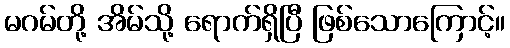
မဂမ်တို့ အိမ်သို့ ရောက်ရှိပြီ ဖြစ်သောကြောင့်။